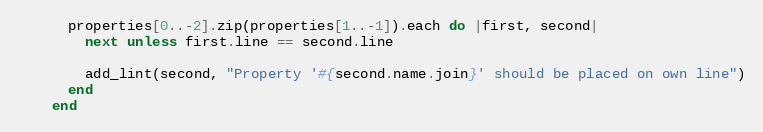
Language: Ruby
      properties[0..-2].zip(properties[1..-1]).each do |first, second|
        next unless first.line == second.line

        add_lint(second, "Property '#{second.name.join}' should be placed on own line")
      end
    end